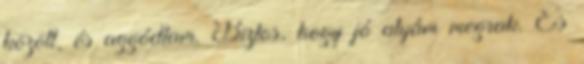
között, és aggódtam. Biztos, hogy jó atyám megrak. És